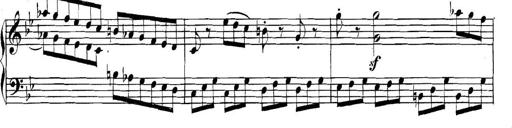
Title: Collected Piano Sonatas
Composer: Muzio Clementi